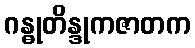
ဂန္ဓုတိန္ဒုကဇာတက